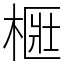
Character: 㮜